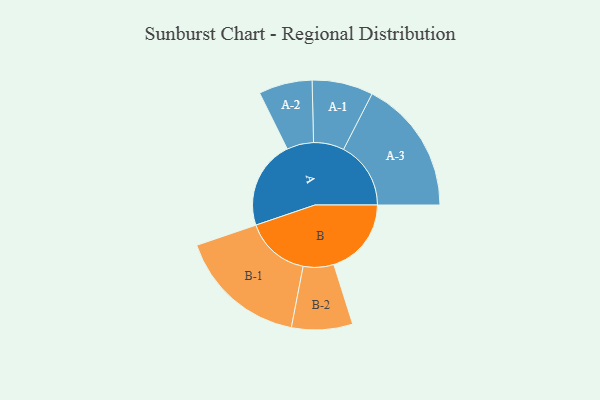
{"axis": {"x": "Segment", "y": "Value"}, "legend": ["", "A", "B"], "data": [{"x": "A", "y": 353, "type": ""}, {"x": "B", "y": 310, "type": ""}, {"x": "A-1", "y": 122, "type": "A"}, {"x": "A-2", "y": 107, "type": "A"}, {"x": "A-3", "y": 269, "type": "A"}, {"x": "B-1", "y": 258, "type": "B"}, {"x": "B-2", "y": 122, "type": "B"}]}